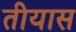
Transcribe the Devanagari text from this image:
तीयास